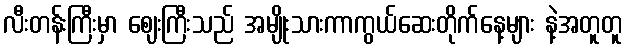
လီးတန်းကြီးမှာ ဈေးကြီးသည် အမျိုးသားကာကွယ်ဆေးတိုက်နေ့များ နဲ့အတူတူ